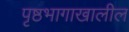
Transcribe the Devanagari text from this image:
पृष्ठभागाखालील